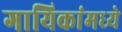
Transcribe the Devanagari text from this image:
गायिकांमध्ये